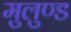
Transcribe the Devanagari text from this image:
मुलुण्ड